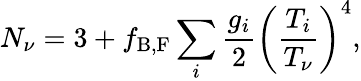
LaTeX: N_{\nu}=3+f_{\mathrm{B,F}}\sum_{i}\frac{g_{i}}{2}\left(\frac{T_{i}}{T_{\nu}}\right)^{4},